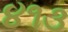
૪૧૩